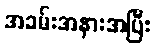
အခမ်းအနားအပြီး